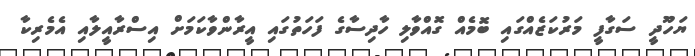
ޔަހޫދީ ސަގާފީ މަރުކަޒެއްގައި ބޮމެއް ގޮއްވާލި ހާދިސާގެ ފަހަތުގައި އީރާންވާކަމަށް އިސްރާއީލާއި އެމެރިކާ